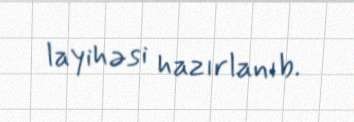
layihəsi hazırlanıb.